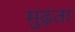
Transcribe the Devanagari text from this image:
मुढ़ता